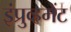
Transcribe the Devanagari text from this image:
इंप्रुव्हमेंट